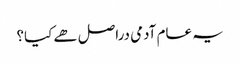
یہ عام آدمی دراصل ھے کیا؟